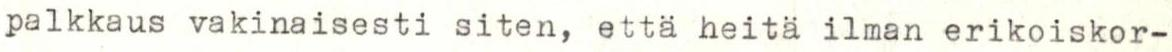
palkkaus vakinaisesti siten, että heitä ilman erikoiskor-